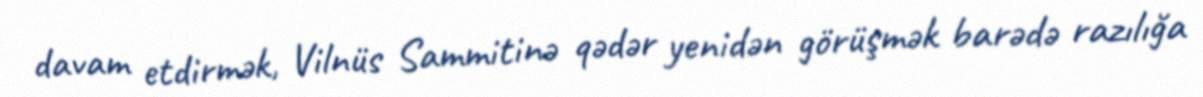
davam etdirmək, Vilnüs Sammitinə qədər yenidən görüşmək barədə razılığa